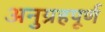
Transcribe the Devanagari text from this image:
अनुग्रहपूर्ण